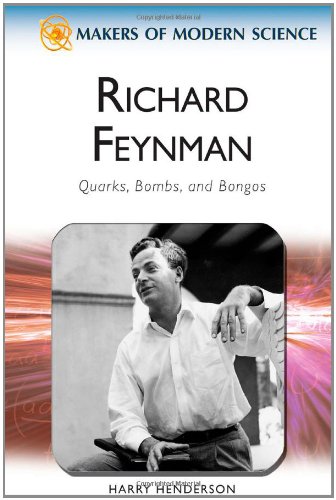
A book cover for Richard Feynman: Quarks, Bombs, and Bongos (Makers of Modern Science); Harry Henderson; Teen & Young Adult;